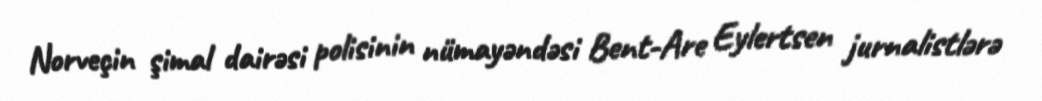
Norveçin şimal dairəsi polisinin nümayəndəsi Bent-Are Eylertsen jurnalistlərə